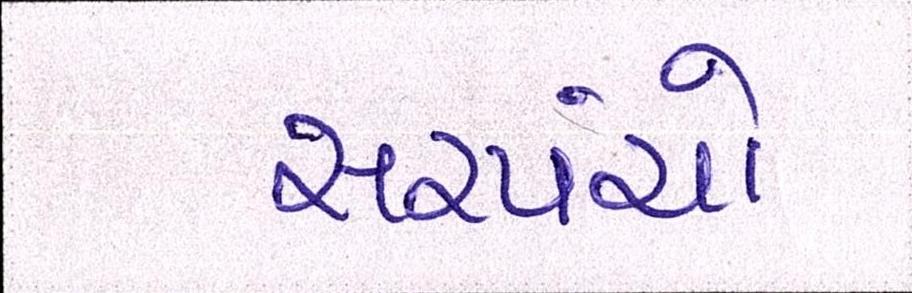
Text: સરપંચો